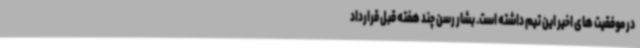
در موفقیت های اخیر این تیم داشته است. بشار رسن چند هفته قبل قرارداد